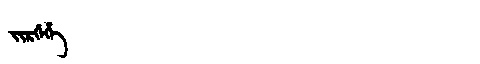
Manchu: ᠵᡳᡵᡤᡝᡥᡝ
Romanization: JIRGEHE